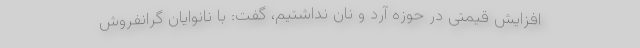
افزایش قیمتی در حوزه آرد و نان نداشتیم، گفت: با نانوایان گرانفروش